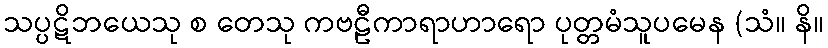
သပ္ပဋိဘယေသု စ တေသု ကဗဠီကာရာဟာရော ပုတ္တမံသူပမေန (သံ။ နိ။